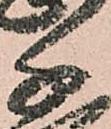
千